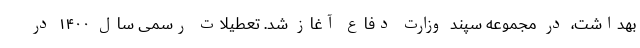
بهداشت، در مجموعه سپند وزارت دفاع آغاز شد. تعطیلات رسمی سال ۱۴۰۰ در